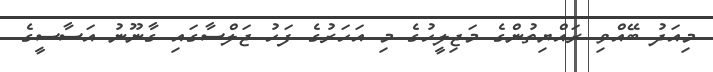
މިއަދު ބޭއްވި ރައްޔިތުންގެ މަޖިލީހުގެ މި އަހަރުގެ ފަހު ޖަލްސާގައި ގާނޫނު އަސާސީގެ